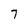
Character: 7